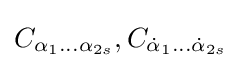
C_{\alpha _{1}...\alpha _{2s}},C_{{\dot {\alpha }}_{1}...{\dot {\alpha }}_{2s}}